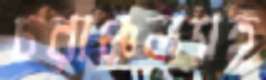
চরাঞ্চলসহ